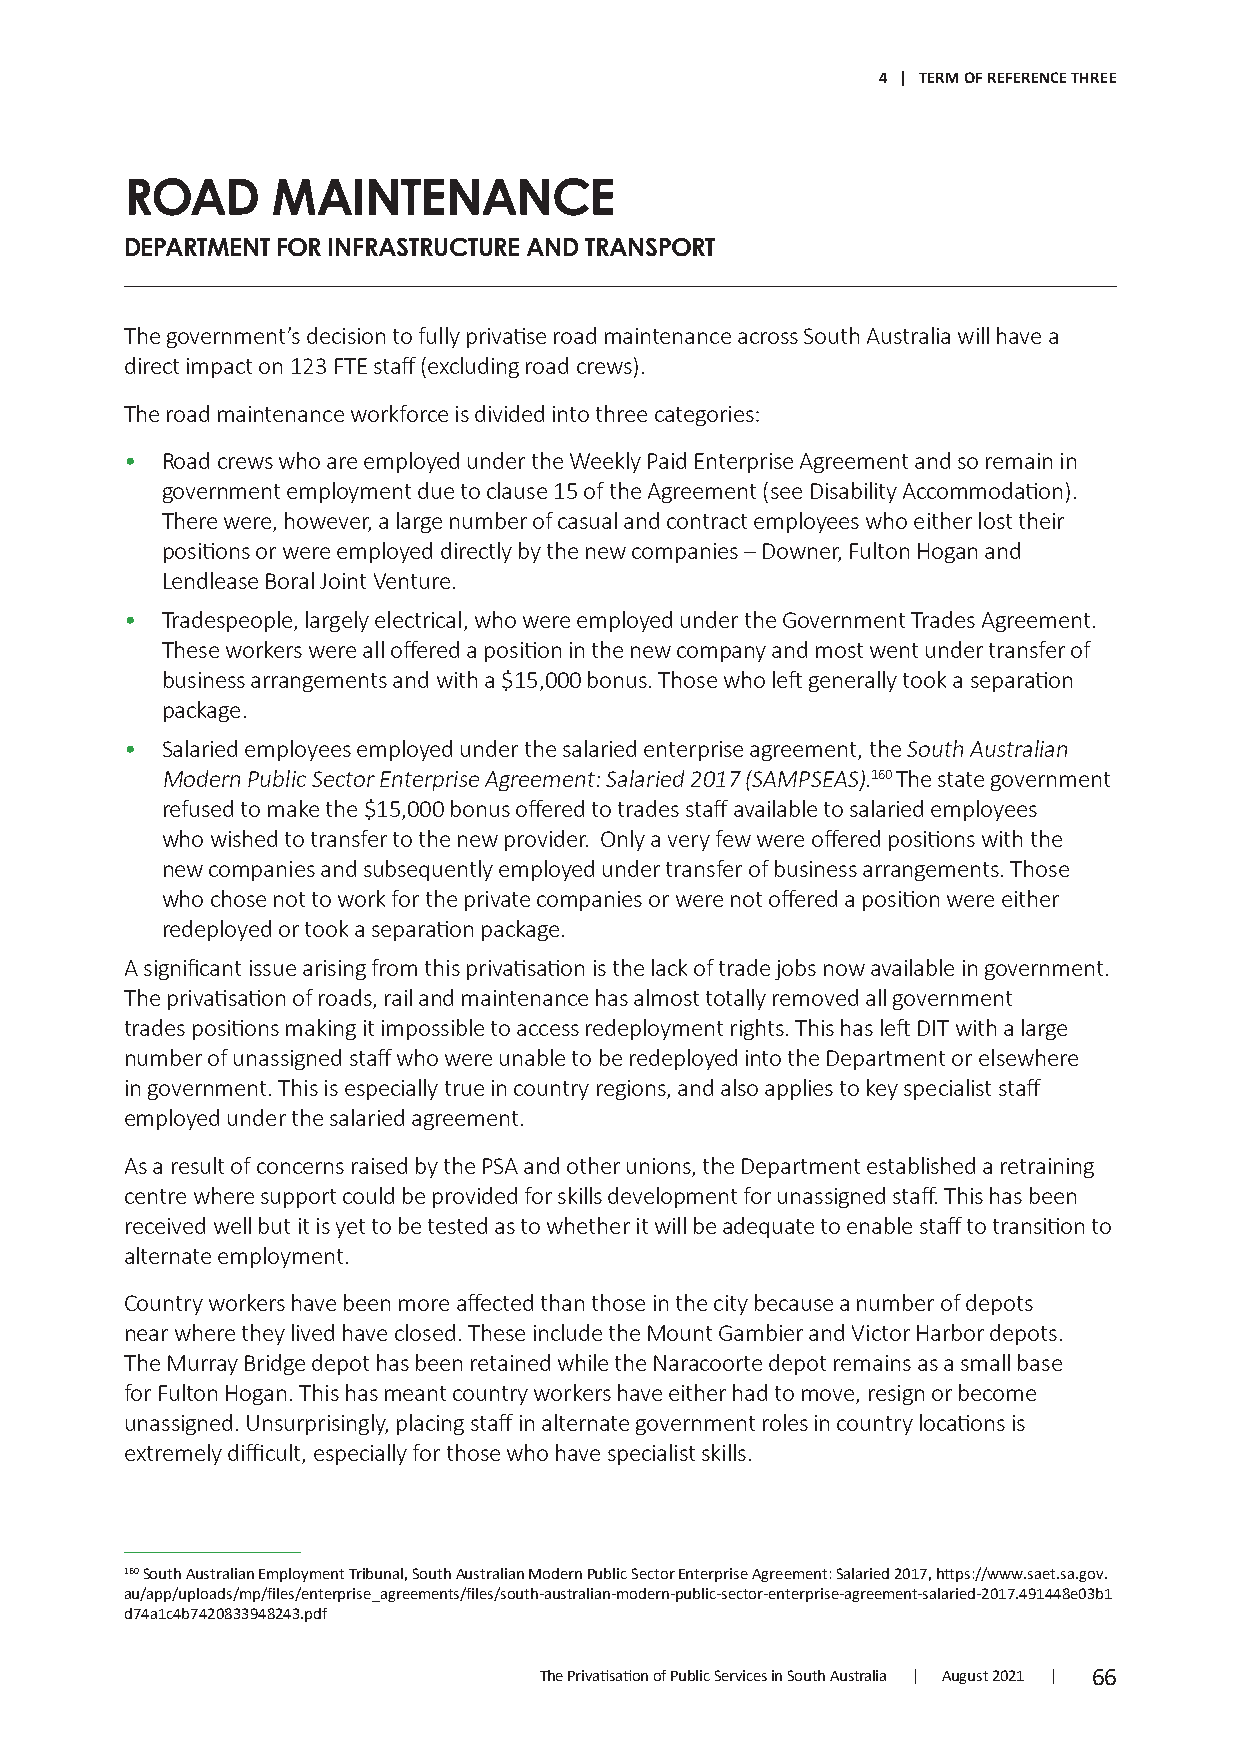
4 | TERM OF REFERENCE THREE
 ROAD      MAINTENANCE
 DEPARTMENT FOR INFRASTRUCTURE AND TRANSPORT
 The government’s decision to fully privatise road maintenance across South Australia will have a
 direct impact on 123 FTE staff (excluding road crews).
 The road maintenance workforce is divided into three categories:
 •  Road crews who are employed under the Weekly Paid Enterprise Agreement and so remain in
 government employment due to clause 15 of the Agreement (see Disability Accommodation).
 There were, however, a large number of casual and contract employees who either lost their
 positions or were employed directly by the new companies – Downer, Fulton Hogan and
 Lendlease Boral Joint Venture.
 •  Tradespeople, largely electrical, who were employed under the Government Trades Agreement.
 These workers were all offered a position in the new company and most went under transfer of
 business arrangements and with a $15,000 bonus. Those who left generally took a separation
 package.
 •  Salaried employees employed under the salaried enterprise agreement, the South Australian
 Modern Public Sector Enterprise Agreement: Salaried 2017 (SAMPSEAS).160 The state government
 refused to make the $15,000 bonus offered to trades staff available to salaried employees
 who wished to transfer to the new provider. Only a very few were offered positions with the
 new companies and subsequently employed under transfer of business arrangements. Those
 who chose not to work for the private companies or were not offered a position were either
 redeployed or took a separation package.
 A significant issue arising from this privatisation is the lack of trade jobs now available in government.
 The privatisation of roads, rail and maintenance has almost totally removed all government
 trades positions making it impossible to access redeployment rights. This has left DIT with a large
 number of unassigned staff who were unable to be redeployed into the Department or elsewhere
 in government. This is especially true in country regions, and also applies to key specialist staff
 employed under the salaried agreement.
 As a result of concerns raised by the PSA and other unions, the Department established a retraining
 centre where support could be provided for skills development for unassigned staff. This has been
 received well but it is yet to be tested as to whether it will be adequate to enable staff to transition to
 alternate employment.
 Country workers have been more affected than those in the city because a number of depots
 near where they lived have closed. These include the Mount Gambier and Victor Harbor depots.
 The Murray Bridge depot has been retained while the Naracoorte depot remains as a small base
 for Fulton Hogan. This has meant country workers have either had to move, resign or become
 unassigned. Unsurprisingly, placing staff in alternate government roles in country locations is
 extremely difficult, especially for those who have specialist skills.
 160 South Australian Employment Tribunal, South Australian Modern Public Sector Enterprise Agreement: Salaried 2017, https://www.saet.sa.gov.
 au/app/uploads/mp/files/enterprise_agreements/files/south-australian-modern-public-sector-enterprise-agreement-salaried-2017.491448e03b1
 d74a1c4b7420833948243.pdf
 The Privatisation of Public Services in South Australia | August 2021 | 66